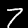
Label: 7